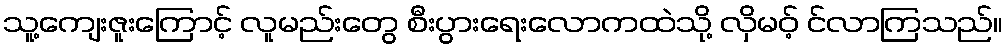
သူ့ကျေးဇူးကြောင့် လူမည်းတွေ စီးပွားရေးလောကထဲသို့ လှိမဝ့် င်လာကြသည်။